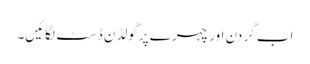
اب گر دن اور چہر ے پر گولڈن ڈسٹ لگائیں۔